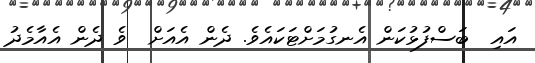
އައި  ބަސްފުޅުކަން އެނގުމަށްޓަކައެވެ. ދެން އެއަށް  ވެ ދެން އެއާމެދު